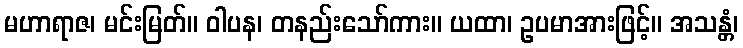
မဟာရာဇ၊ မင်းမြတ်။ ဝါပန၊ တနည်းသော်ကား။ ယထာ၊ ဥပမာအားဖြင့်။ အသန္တံ၊